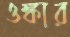
ওঙ্কার